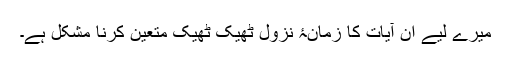
میرے لیے ان آیات کا زمانۂ نزول ٹھیک ٹھیک متعین کرنا مشکل ہے۔